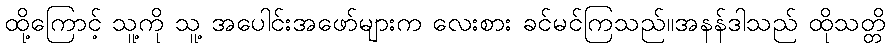
ထို့ကြောင့် သူ့ကို သူ့ အပေါင်းအဖော်များက လေးစား ခင်မင်ကြသည်။အနန်ဒါသည် ထိုသတ္တိ